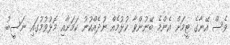
ވެސް އޭނާގެ ޓީމަށް އެންމެ ބޭނުންވާ ކުޅުމެއް ނުދެއްކުނު ކަމަށާއި މޮޅުވުމުގައި ނަސީބު